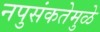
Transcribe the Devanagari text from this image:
नपुसंकतेमुळे